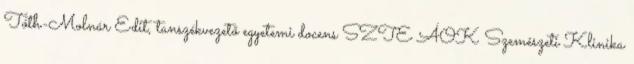
Tóth-Molnár Edit, tanszékvezető egyetemi docens SZTE ÁOK Szemészeti Klinika